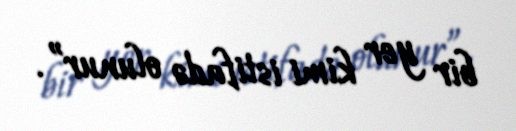
bir yer kimi istifadə olunur”.